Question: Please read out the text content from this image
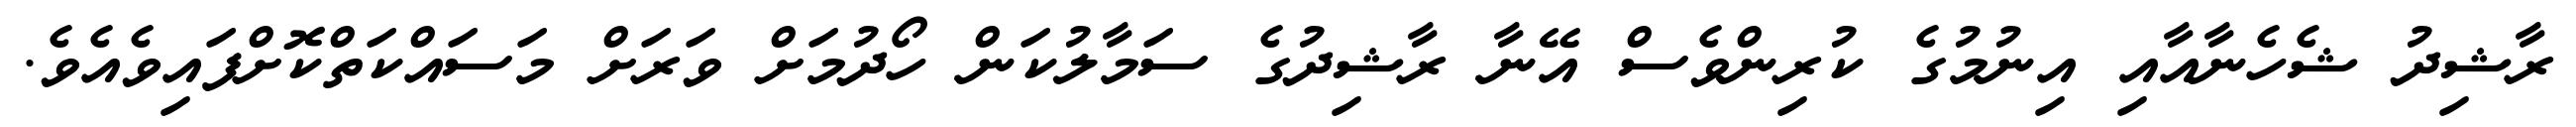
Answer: ރާޝިދު ޝެހެނާއާއި އިނުމުގެ ކުރިންވެސް އޭނާ ރާޝިދުގެ ސަމާލުކަން ހޯދުމަށް ވަރަށް މަސައްކަތްކޮށްފައިވެއެވެ.